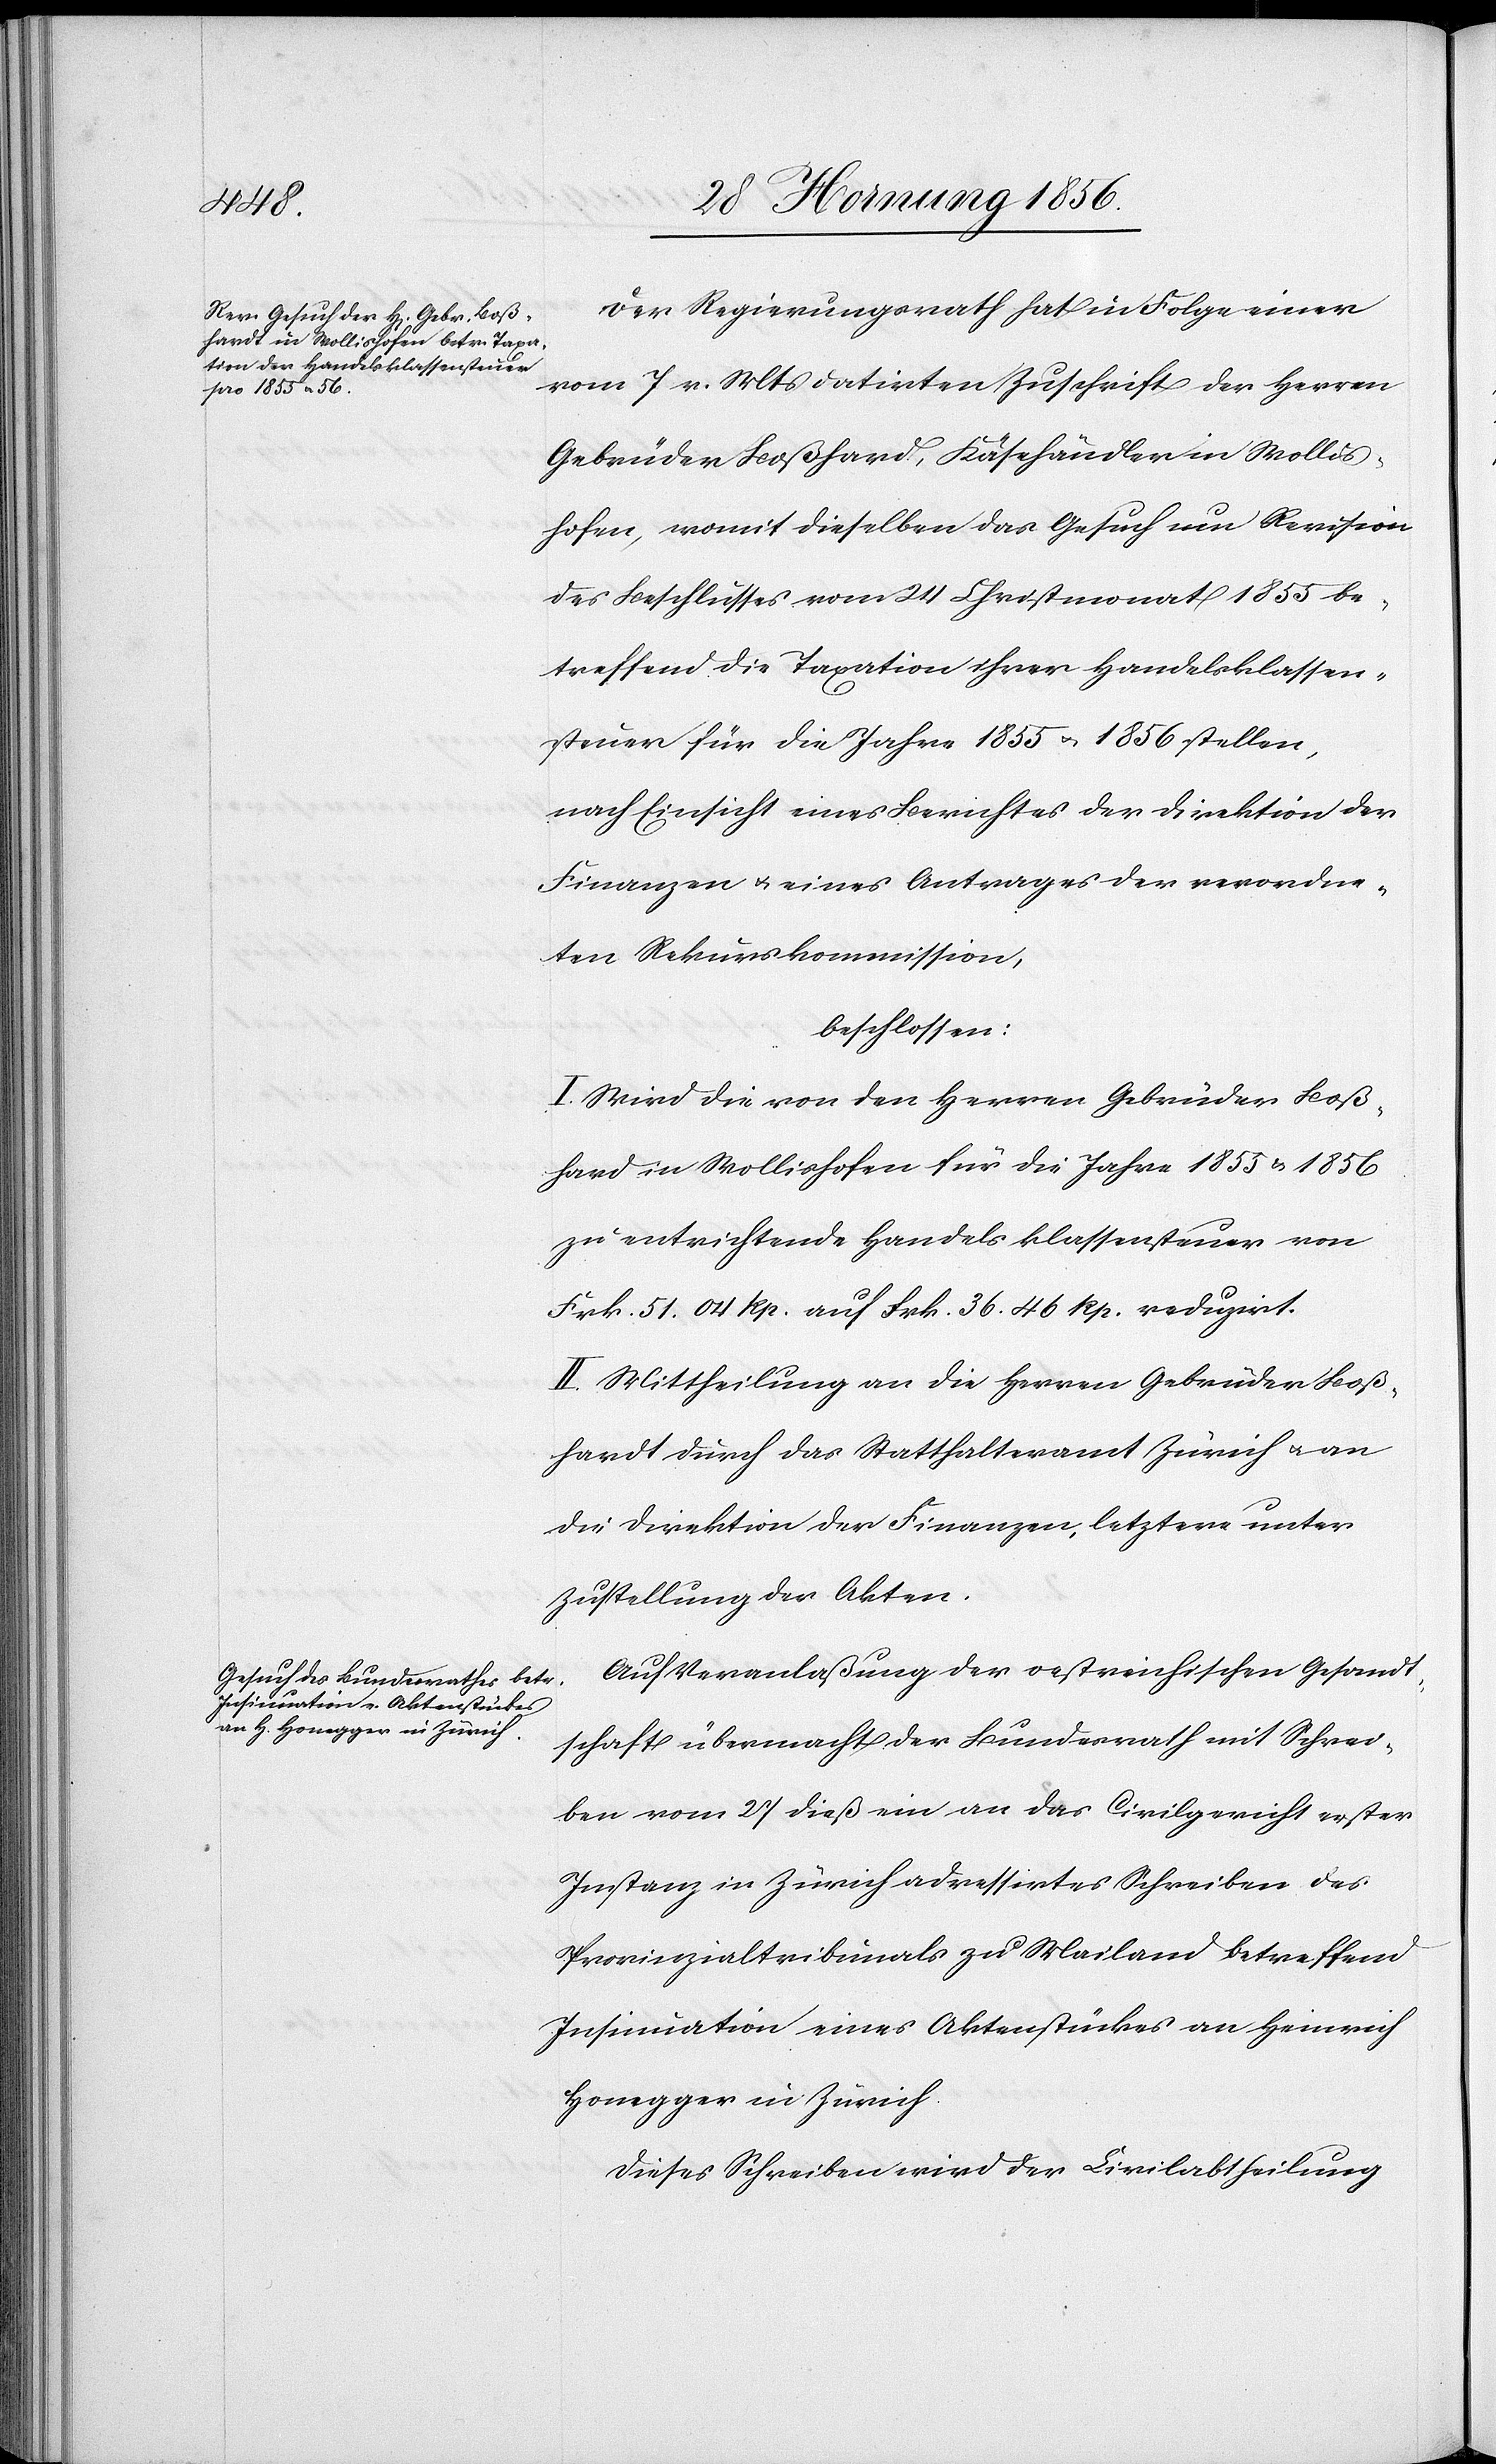
Der Regierungsrath hat in Folge einer
vom 7 v. Mts datirten Zuschrift der Herren
Gebrüder Boßhard [sic!], Käsehändler in Wollis¬
hofen, womit dieselben das Gesuch um Revision
des Beschlusses vom 24 Christmonat 1855 be¬
treffend die Taxation ihrer Handelsklassen¬
steuer für die Jahre 1855 u. 1856 stellen,
nach Einsicht eines Berichtes der Direktion der
Finanzen u. eines Antrages der verordne¬
ten Rekurskommission,
beschlossen:
I. Wird die von den Herren Gebrüder Boß¬
hard in Wollishofen für die Jahre 1855 u. 1856
zu entrichtende Handelsklassensteuer von
Frk. 51. 04 Rp. auf Frk. 36. 46 Rp. reduzirt.
II. Mittheilung an die Herren Gebrüder Boß¬
hardt durch das Statthalteramt Zürich u. an
die Direktion der Finanzen, letztere unter
Zustellung der Akten.
Auf Veranlaßung der oestreichischen Gesandt¬
schaft übermacht der Bundesrath mit Schrei¬
ben vom 27 dieß ein an das Civilgericht erster
Instanz in Zürich adressirtes Schreiben des
Provinzialtribunals zu Mailand betreffend
Insinuation eines Aktenstückes an Heinrich
Honegger in Zürich.
Dieses Schreiben wird der Civilabtheilung